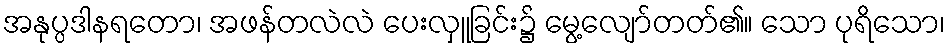
အနုပ္ပဒါနရတော၊ အဖန်တလဲလဲ ပေးလှူခြင်း၌ မွေ့လျော်တတ်၏။ သော ပုရိသော၊